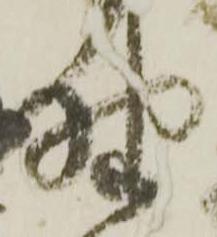
野